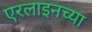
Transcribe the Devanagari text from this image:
एरलाइनच्या